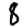
Digit: 8